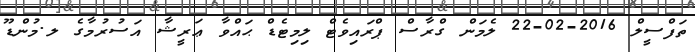
ތަފްސީލް 2016-02-22 ލެމަން ގްރާސް ޕްރައިވެޓް ލިމިޓެޑް ޙައްވާ ޢަރީޝާ އަސުރުމާގެ ލ.މުންޑޫ